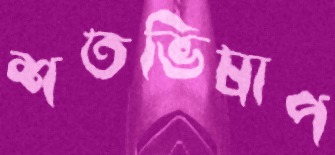
শতভিষাপ